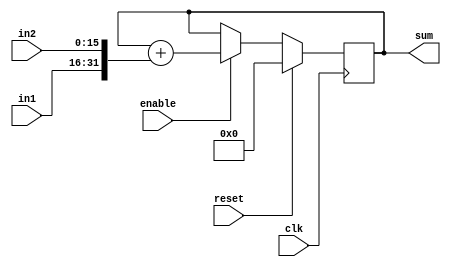
module fixed_point_accumulator(
    input wire clk,         // Clock input
    input wire reset,       // Reset signal
    input wire enable,      // Enable signal
    input wire [15:0] in1,  // Input value 1 (16-bit fixed-point value)
    input wire [15:0] in2,  // Input value 2 (16-bit fixed-point value)
    output wire [31:0] sum  // Accumulated sum output (32-bit fixed-point value)
);

reg [31:0] accumulator;     // Accumulator register

always @(posedge clk) begin
    if(reset) begin
        accumulator <= 0;  // Reset accumulator
    end else if(enable) begin
        accumulator <= accumulator + {in1, in2};  // Accumulate input values
    end
end

assign sum = accumulator;   // Output accumulated sum

endmodule